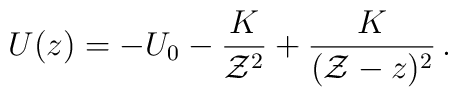
U(z) = -U_0 -{K \over {\cal Z}^2} + {K \over ({\cal Z}-z)^2}\,.